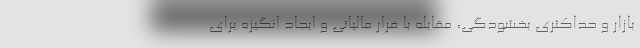
بازار و حداکثری بخشودگی، مقابله با فرار مالیاتی و ایجاد انگیزه برای